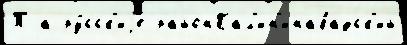
Т а ру́сск'иjе районКал'ин'инабадск'ий